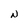
Character: N